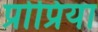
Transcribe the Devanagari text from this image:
प्रोप्रिया